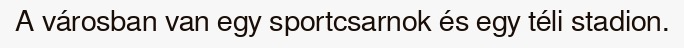
A városban van egy sportcsarnok és egy téli stadion.